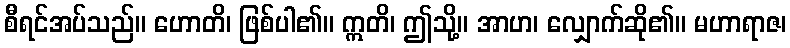
စီရင်အပ်သည်။ ဟောတိ၊ ဖြစ်ပါ၏။ ဣတိ၊ ဤသို့။ အာဟ၊ လျှောက်ဆို၏။ မဟာရာဇ၊